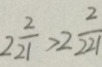
2 \frac { 2 } { 2 1 } > 2 \frac { 2 } { 2 2 1 }